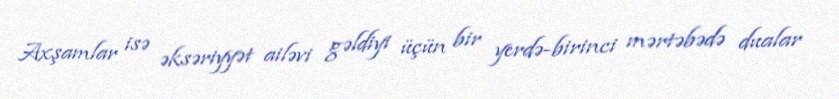
Axşamlar isə əksəriyyət ailəvi gəldiyi üçün bir yerdə-birinci mərtəbədə dualar